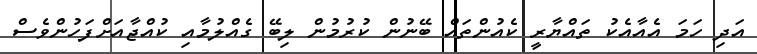
އަދި ހަމަ އެއާއެކު ތައްްޔާރީ ކެއުންތައް ބޭނުން ކުރުމުން ލިބޭ ގެއްލުމާއި ކުއްޖާއަށްފަހުންވެސް